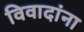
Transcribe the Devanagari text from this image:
विवादांना